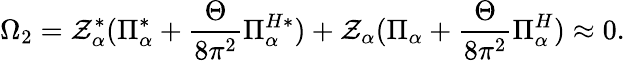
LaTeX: \Omega_{2}=\mathcal{Z}_{\alpha}^{*}(\Pi_{\alpha}^{*}+\frac{{\Theta}}{{8\pi^{2}}}\Pi_{\alpha}^{H*})+\mathcal{Z}_{\alpha}(\Pi_{\alpha}+\frac{{\Theta}}{{8\pi^{2}}}\Pi_{\alpha}^{H})\approx0.